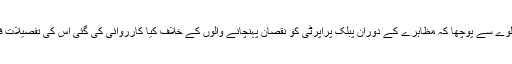
بنچ نے ریلوے سے پوچھا کہ مظاہرے کے دوران پبلک پراپرٹی کو نقصان پہنچانے والوں کے خلاف کیا کارروائی کی گئی اس کی تفصیلات فراہم کریں۔